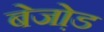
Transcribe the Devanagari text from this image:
बेजो़ड